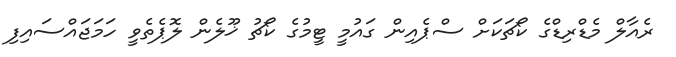
ރެއާލް މެޑްރިޑްގެ ކޯޗަކަށް ސްޕެއިން ގައުމީ ޓީމުގެ ކޯޗު ޚޫލެން ލޮޕެތެވީ ހަމަޖައްސައިފި